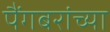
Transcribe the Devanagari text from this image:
पैंगबरांच्या